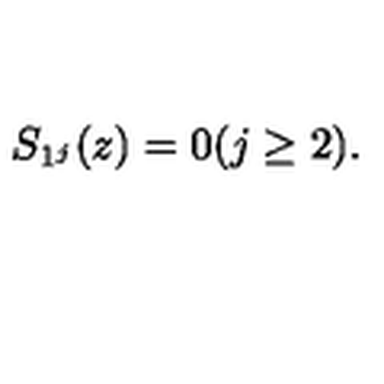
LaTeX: S _ { 1 ^ { j } } ( z ) = 0 ( j \geq 2 ) .